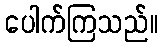
ပေါက်ကြသည်။